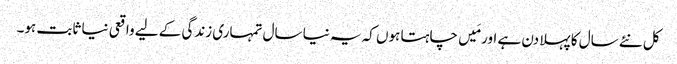
کل نئے سال کا پہلا دن ہے اور مَیں چاہتا ہوں کہ یہ نیا سال تمہاری زندگی کے لیے واقعی نیا ثابت ہو۔